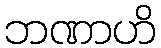
ဘဏာဟိ